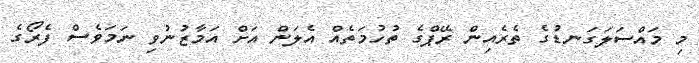
މި މައްސަލަގަނޑުގެ ތެރެއިން ރޭޕްގެ ތުހުމަތެއް އެލަން އަށް އަމާޒުނުވި ނަމަވެސް ފެރޯގެ